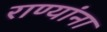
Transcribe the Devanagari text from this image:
राण्यांना